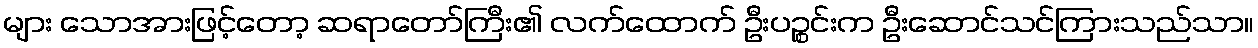
များ သောအားဖြင့်တော့ ဆရာတော်ကြီး၏ လက်ထောက် ဦးပဉ္စင်းက ဦးဆောင်သင်ကြားသည်သာ။